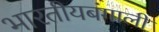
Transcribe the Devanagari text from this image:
भारतीयबंगाली